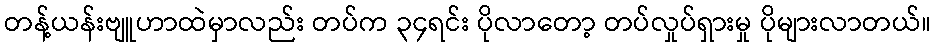
တန့်ယန်းဗျူဟာထဲမှာလည်း တပ်က ၃၄ရင်း ပိုလာတော့ တပ်လှုပ်ရှားမှု ပိုများလာတယ်။